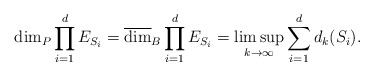
\begin{align*}\dim_P\prod_{i=1}^dE_{S_i}=\overline{\dim}_B\prod_{i=1}^dE_{S_i}=\limsup_{k\rightarrow\infty}\sum_{i=1}^dd_k(S_i).\end{align*}